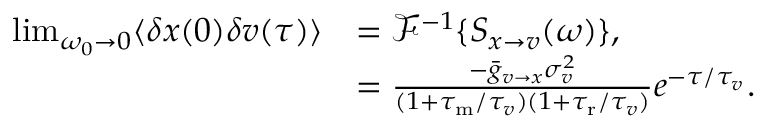
\begin{array} { r l } { \operatorname* { l i m } _ { \omega _ { 0 } \to 0 } \langle \delta x ( 0 ) \delta v ( \tau ) \rangle } & { = \mathcal { F } ^ { - 1 } \{ S _ { x \to v } ( \omega ) \} , } \\ & { = \frac { - \bar { g } _ { v \to x } \sigma _ { v } ^ { 2 } } { ( 1 + { \tau _ { \mathrm { m } } } / \tau _ { v } ) ( 1 + { \tau _ { \mathrm { r } } } / \tau _ { v } ) } e ^ { - \tau / \tau _ { v } } . } \end{array}